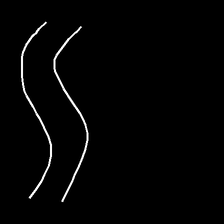
Glyph: float